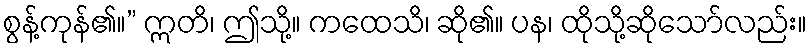
စွန့်ကုန်၏။” ဣတိ၊ ဤသို့။ ကထေသိ၊ ဆို၏။ ပန၊ ထိုသို့ဆိုသော်လည်း။